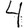
Digit: 4